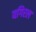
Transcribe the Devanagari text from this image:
यगिरल